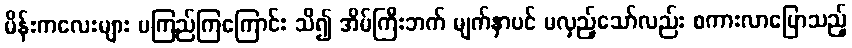
မိန်းကလေးများ မကြည်ကြကြောင်း သိ၍ အိမ်ကြီးဘက် မျက်နှာပင် မလှည့်သော်လည်း စကားလာပြောသည့်